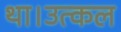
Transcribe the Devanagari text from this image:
था।उत्कल